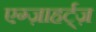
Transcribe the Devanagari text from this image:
एग्ज़ाहर्ट्ज़